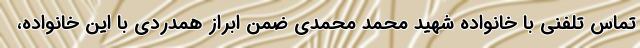
تماس تلفنی با خانواده شهید محمد محمدی ضمن ابراز همدردی با این خانواده،